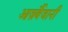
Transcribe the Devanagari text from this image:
आज़र्बैजानी